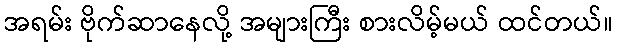
အရမ်း ဗိုက်ဆာနေလို့ အများကြီး စားလိမ့်မယ် ထင်တယ်။